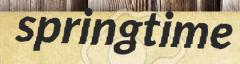
springtime